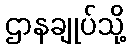
ဌာနချုပ်သို့